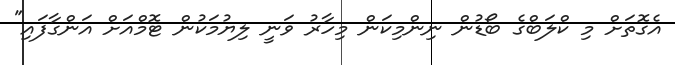
އެގޮތަށް މި ކްލަބްގެ ބޯޑުން ނިންމިކަން މިހާރު ވަނީ ލިޔުމަކުން ޓޮމްއަށް އަންގާފައި"